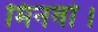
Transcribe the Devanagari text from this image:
मिनर्वा।